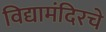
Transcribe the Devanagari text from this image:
विद्यामंदिरचे